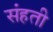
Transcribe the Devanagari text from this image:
संहती